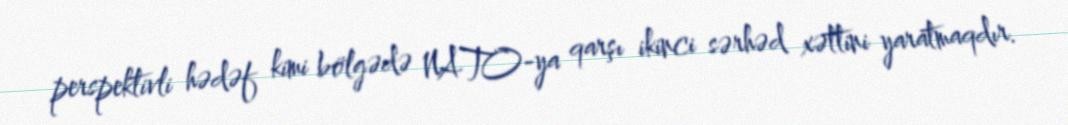
perspektivli hədəf kimi bölgədə NATO-ya qarşı ikinci sərhəd xəttini yaratmaqdır.